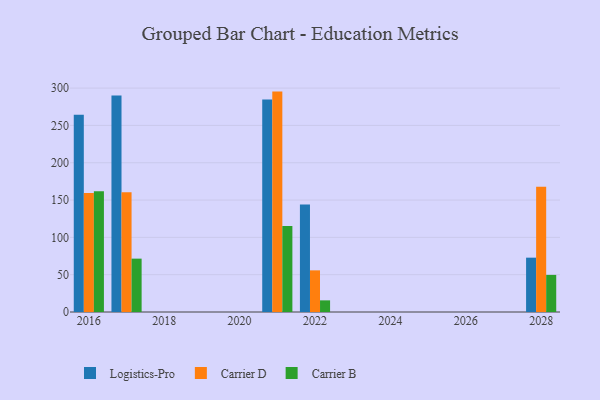
{"axis": {"x": "Year", "y": "Operating Costs (USD K)"}, "legend": ["Carrier B", "Carrier D", "Logistics-Pro"], "data": [{"x": "2021", "y": 284.8, "type": "Logistics-Pro"}, {"x": "2021", "y": 295.3, "type": "Carrier D"}, {"x": "2021", "y": 115.3, "type": "Carrier B"}, {"x": "2016", "y": 264.2, "type": "Logistics-Pro"}, {"x": "2016", "y": 159.3, "type": "Carrier D"}, {"x": "2016", "y": 161.8, "type": "Carrier B"}, {"x": "2028", "y": 72.8, "type": "Logistics-Pro"}, {"x": "2028", "y": 167.9, "type": "Carrier D"}, {"x": "2028", "y": 49.7, "type": "Carrier B"}, {"x": "2022", "y": 144.0, "type": "Logistics-Pro"}, {"x": "2022", "y": 55.8, "type": "Carrier D"}, {"x": "2022", "y": 15.6, "type": "Carrier B"}, {"x": "2017", "y": 290.0, "type": "Logistics-Pro"}, {"x": "2017", "y": 160.6, "type": "Carrier D"}, {"x": "2017", "y": 71.5, "type": "Carrier B"}]}